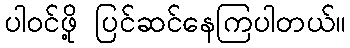
ပါဝင်ဖို့ ပြင်ဆင်နေကြပါတယ်။